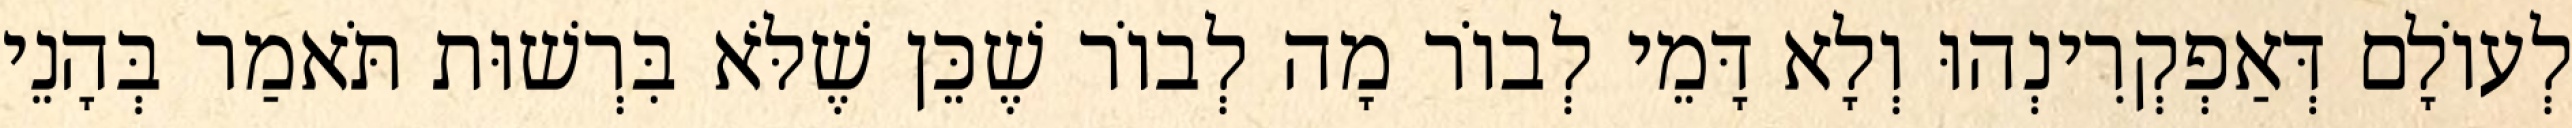
לְעוֹלָם דְּאַפְקְרִינְהוּ וְלָא דָּמֵי לְבוֹר מָה לְבוֹר שֶׁכֵּן שֶׁלֹּא בִּרְשׁוּת תֹּאמַר בְּהָנֵי